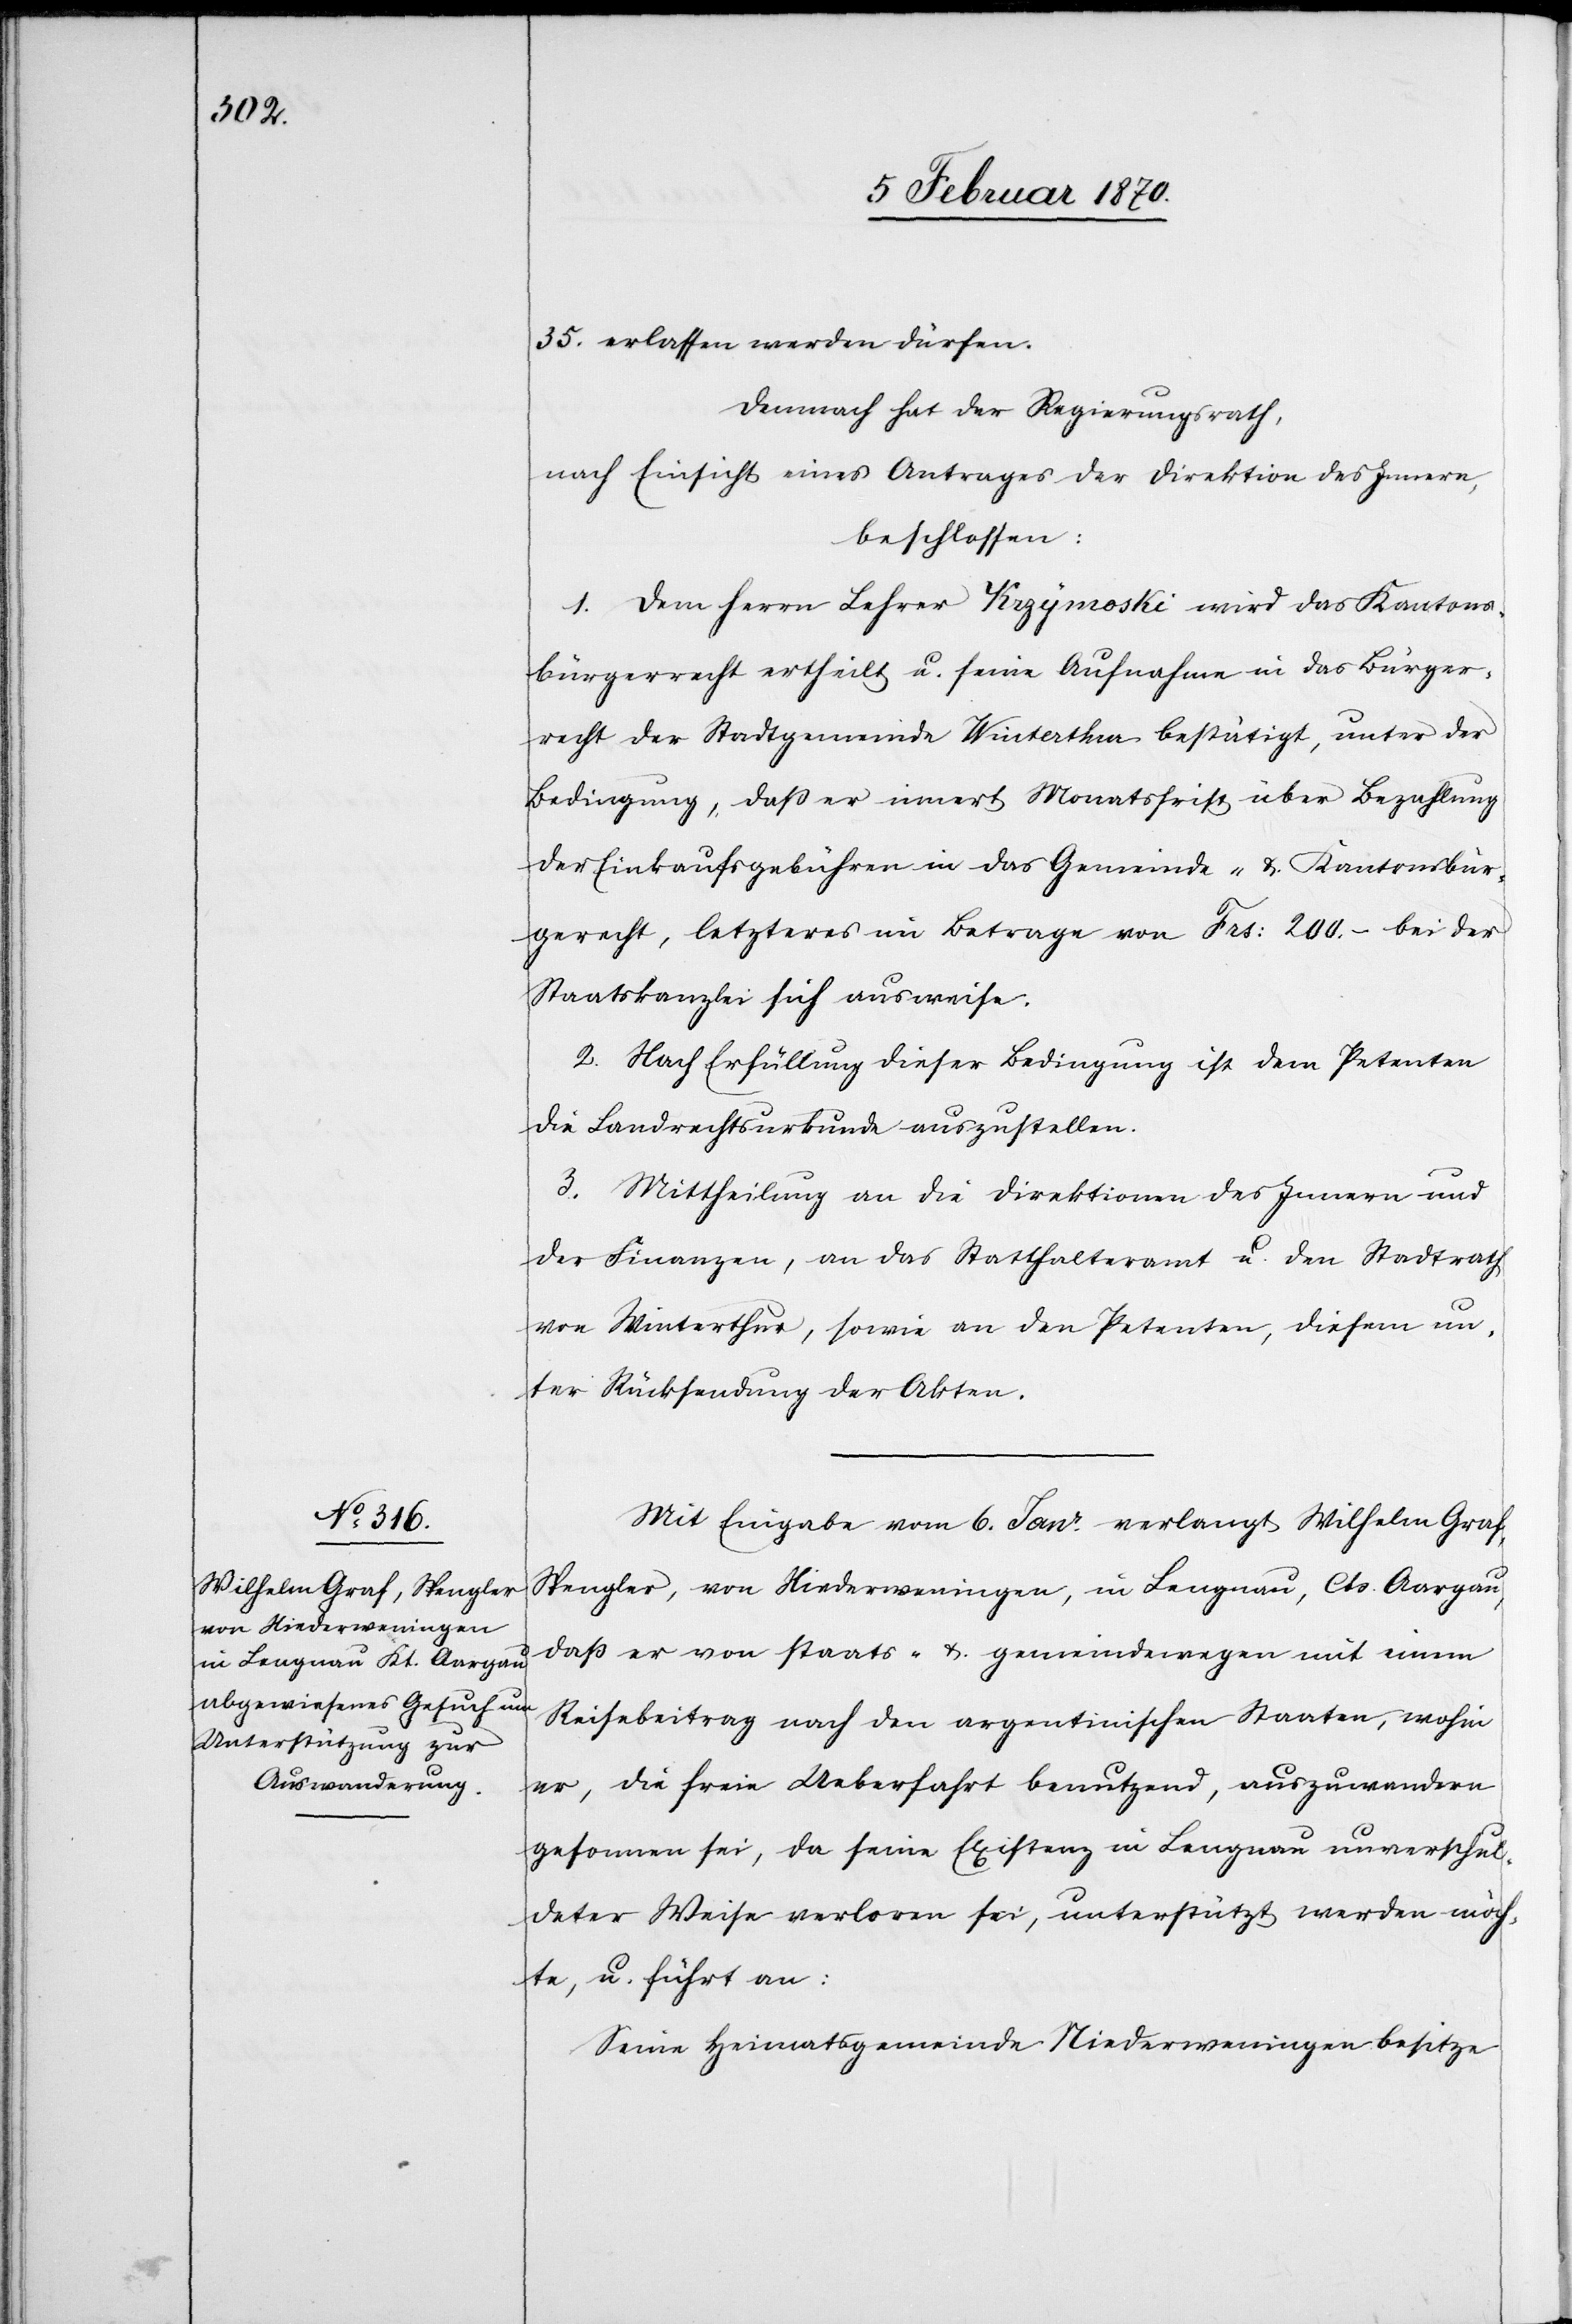
35. erlassen werden dürfen.
Demnach hat der Regierungsrath,
nach Einsicht eines Antrages der Direktion des Innern,
beschlossen:
1. Dem Herrn Lehrer Krzymoski wird das Kantons¬
bürgerrecht ertheilt u. seine Aufnahme in das Bürger¬
recht der Stadtgemeinde Winterthur bestätigt, unter der
Bedingung, daß er innert Monatsfrist über Bezahlung
der Einkaufsgebühren in das Gemeinde- u. Kantonsbür¬
gerrecht, letzteres im Betrage von Frs: 200.– bei der
Staatskanzlei sich ausweise.
2. Nach Erfüllung dieser Bedingung ist dem Petenten
die Landrechtsurkunde auszustellen.
3. Mittheilung an die Direktionen des Innern und
der Finanzen, an das Statthalteramt u. den Stadtrath
von Winterthur, sowie an den Petenten, diesem un¬
ter Rücksendung der Akten.
Mit Eingabe vom 6. Janr verlangt Wilhelm Graf,
Spengler, von Niederweningen, in Lengnau, Cts. Aargau,
daß er von staats- & gemeindewegen mit einem
Reisebeitrag nach den argentinischen Staaten, wohin
er, die freie Ueberfahrt benutzend, auszuwandern
gesonnen sei, da seine Existenz in Lengnau unverschul¬
deter Weise verloren sei, unterstützt werden möch¬
te, u. führt an:
Seine Heimatsgemeinde Niederweningen besitze